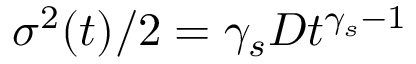
\sigma ^ { 2 } ( t ) / 2 = \gamma _ { s } D t ^ { \gamma _ { s } - 1 }